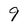
Character: 9